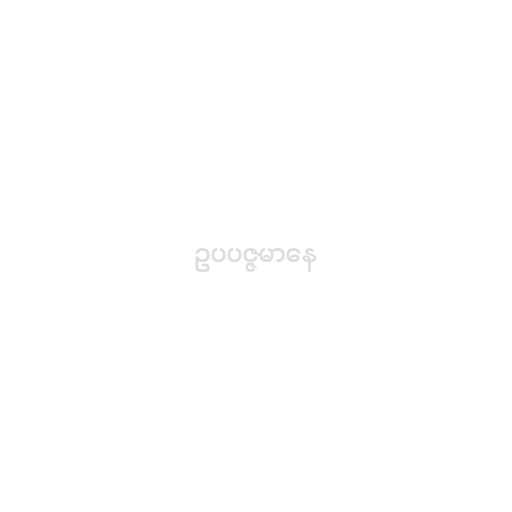
ဥပပဇ္ဇမာနေ